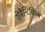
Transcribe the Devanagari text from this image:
रोमैन्टिसिज्म